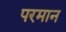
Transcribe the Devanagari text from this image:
परमान